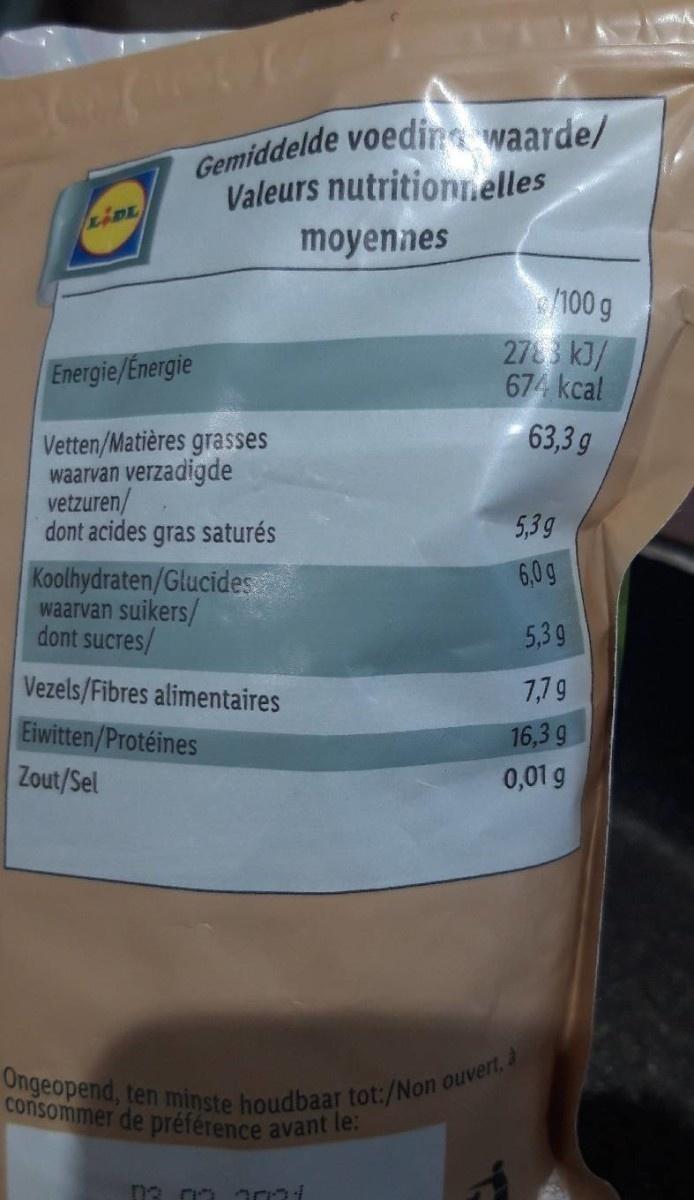
Gemiddelde voedin waarde/ Valeurs nutritionelles
moyennes
100 g 273 kJ/ 674 kcal
Energie/Energie
63,3 g
Vetten/Matières grasses waarvan verzadigde vetzuren/ dont acides gras saturés
5,3g
6,0g
Koolhydraten/Glucides waarvan suikers/ dont sucres/
5,39
Vezels/Fibres alimentaires
7,79
Eiwitten/Protéines
16,3 g
Zout/Sel
0,01 g
Ongeopend, ten minste houdbaar tot:/Non ouvert, à consommer de préférence avant le: